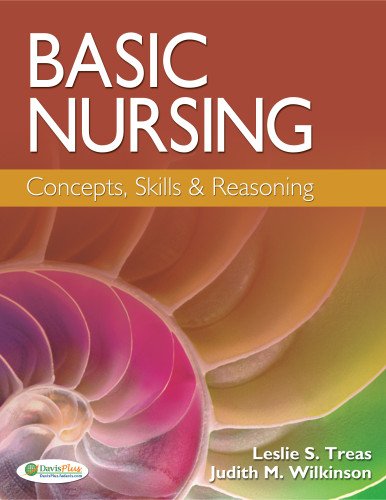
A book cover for Basic Nursing: Concepts, Skills & Reasoning; Leslie S. Treas PhD  RN  NNP-BC  CPNP-PC; Medical Books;